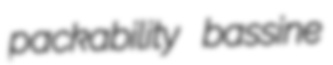
packability bassine